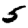
Digit: 5